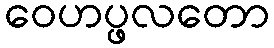
ဝေဟပ္ဖလတော